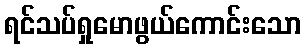
ရင်သပ်ရှုမောဖွယ်ကောင်းသော